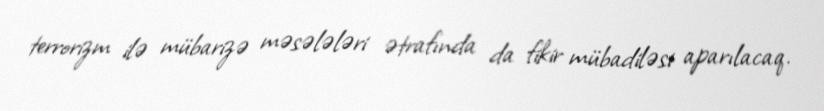
terrorizm ilə mübarizə məsələləri ətrafında da fikir mübadiləsi aparılacaq.